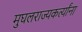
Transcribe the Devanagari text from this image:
मुघलराज्यकर्त्यांना